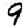
Digit: 9